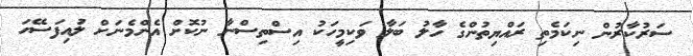
ސަރުކާރުން ނިކަމެތި ރައްޔިތުންގެ ހާލު ބަލާ ވަކިމީހަކު އިސްތިސްނާ ނުކޮށް އެންމެނަށް ލުައިފަސޭހަ